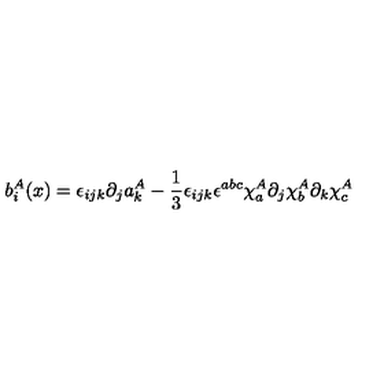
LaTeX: b _ { i } ^ { A } ( x ) = \epsilon _ { i j k } \partial _ { j } a _ { k } ^ { A } - \frac { 1 } { 3 } \epsilon _ { i j k } \epsilon ^ { a b c } \chi _ { a } ^ { A } \partial _ { j } \chi _ { b } ^ { A } \partial _ { k } \chi _ { c } ^ { A }